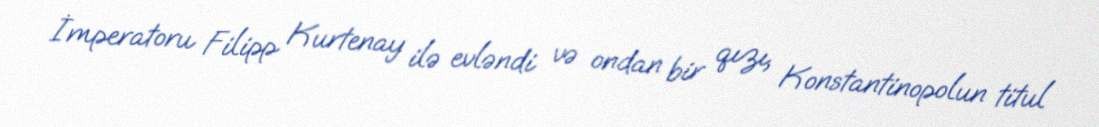
İmperatoru Filipp Kurtenay ilə evləndi və ondan bir qızı, Konstantinopolun titul